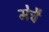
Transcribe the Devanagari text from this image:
मेचै